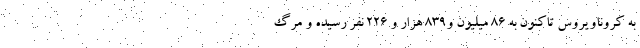
به کروناویروس تاکنون به ۸۶ میلیون و۸۳۹ هزار و ۲۲۶ نفر رسیده و مرگ